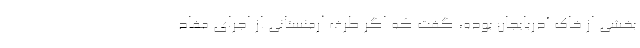
بخشی از خاک آذربایجان بوده، گفت که اگر طرف ارمنستانی از اجرای مفاد